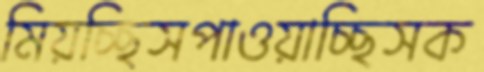
মিয়চ্ছিসপাওয়াচ্ছিসক